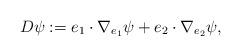
LaTeX: \begin{align*}D\psi:=e_1\cdot\nabla_{e_1}\psi+e_2\cdot\nabla_{e_2}\psi,\end{align*}